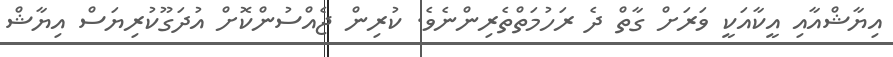
އިޔާޝްއާއި އީކާއަކީ ވަރަށް ގާތް ދެ ރަހުމަތްތެރިންނެވެ. ކުރިން ޖެއްސުންކޮށް އުދަގޫކުރިޔަސް އިޔާޝް